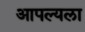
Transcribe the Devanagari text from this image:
आपल्यला